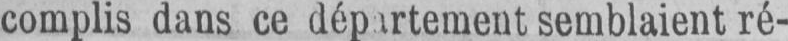
semblaient ré-